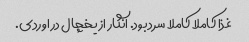
غذا کاملا کاملا سرد بود. انگار از یخچال در اوردی.